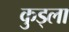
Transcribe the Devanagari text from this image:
कुड्ला